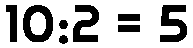
10:2 = 5